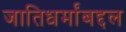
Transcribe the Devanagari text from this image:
जातिधर्मांबद्दल